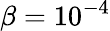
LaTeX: \beta=10^{-4}